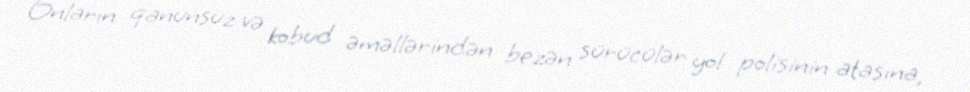
Onların qanunsuz və kobud əməllərindən bezən sürücülər yol polisinin atasına,